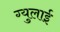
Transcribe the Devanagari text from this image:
ग्युलाई